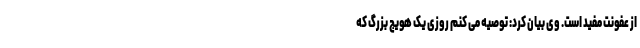
از عفونت مفید است. وی بیان کرد: توصیه می کنم روزی یک هویج بزرگ که